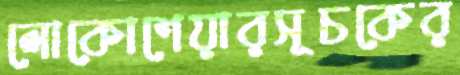
লোকোশেয়ারসূচকের